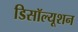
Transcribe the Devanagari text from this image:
डिसॉल्यूशन